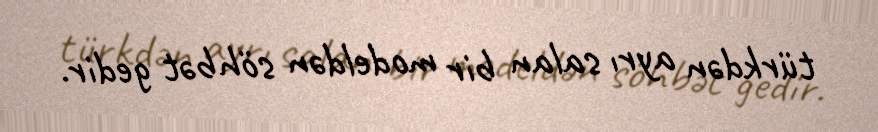
türkdən ayrı salan bir modeldən söhbət gedir.